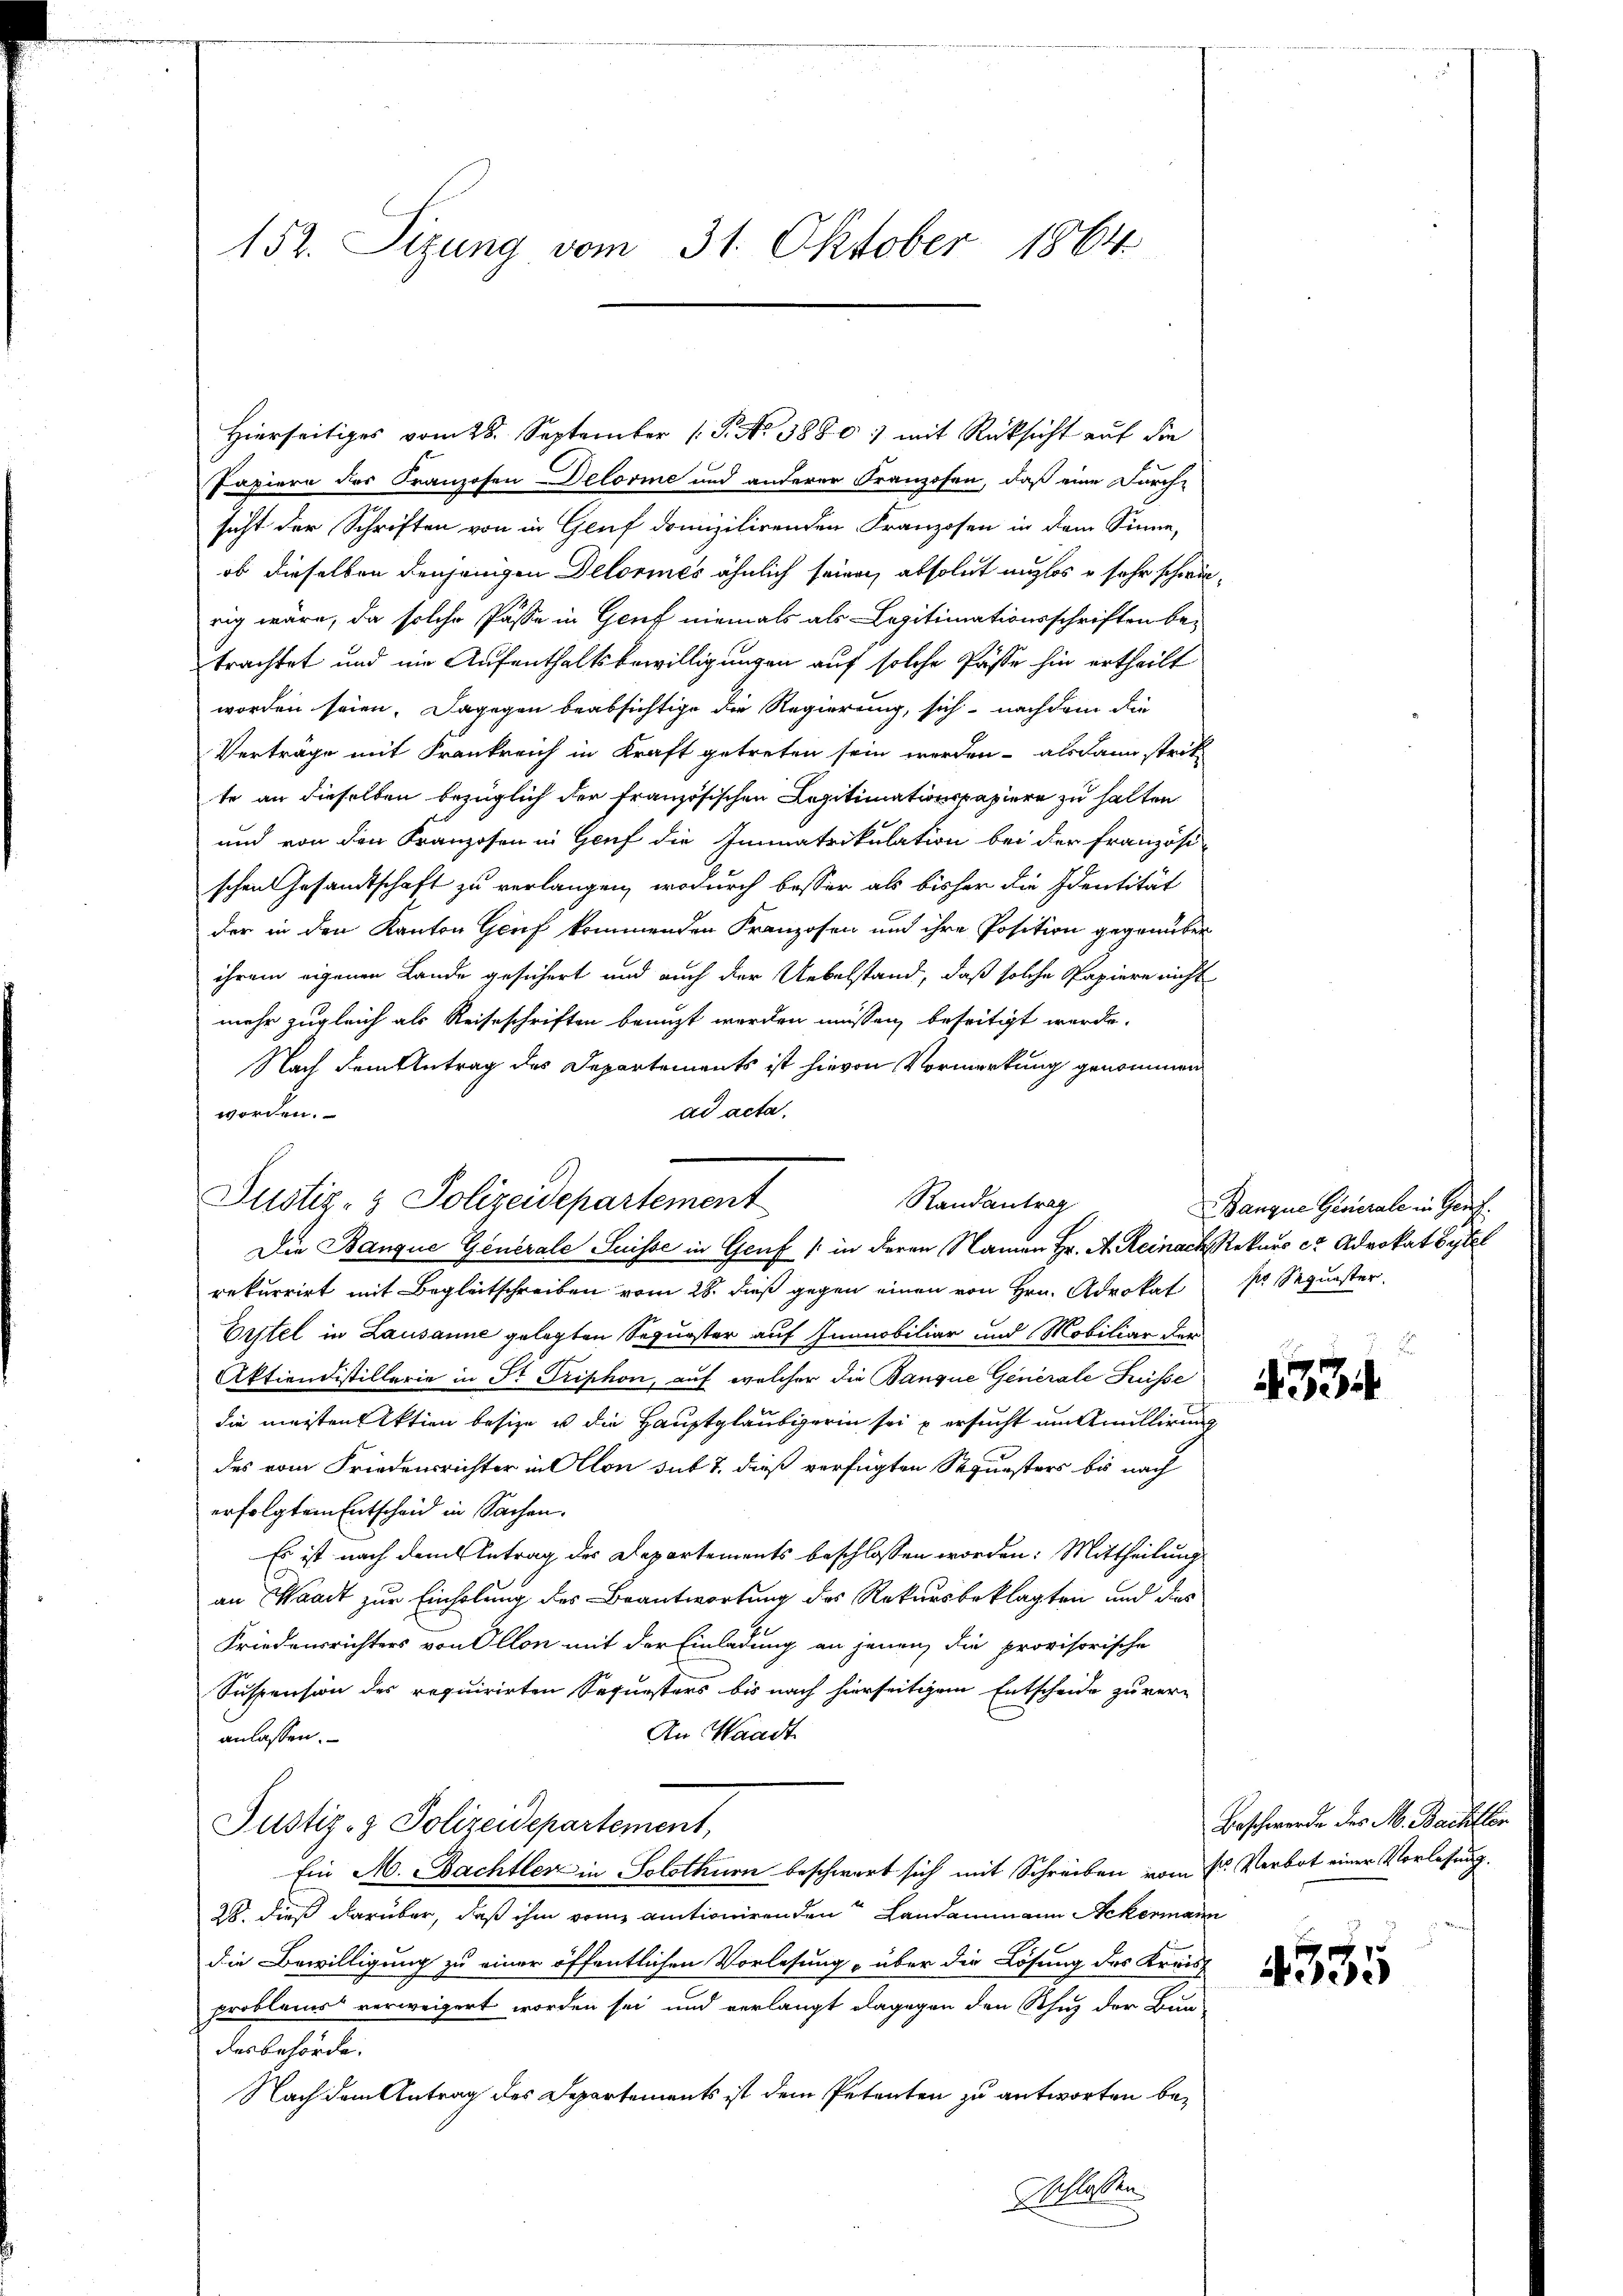
152. Sizung vom 31. Oktober 1864

Hierseitiges vom 28. September (T. No 3880) mit Rücksicht auf die
Papiere des Franzosen Delorie und anderer Franzosen, daß eine Durch-
sicht der Schriften von in Genf domizilirenden Franzosen in dem Sinne,
ob dieselben denjenigen Dekories ähnlich seinen absolut unglos u sehr schwierig wäre, da solche Pässe in Genf niemals als Legitimationsschriften betrachtet und nie Aufenthaltsbewilligungen auf solche Pässe hin ertheilt
worden seien. Dagegen beabsichtige die Regierung, sich nachdem die
Verträge mit Frankreich in Kraft getreten sein werden - alsdann strik
te an dieselben bezüglich der französischen Capitimationspapiere zu halten
und von den Franzosen in Genf die Immatrikulation bei der Französi-
schen Gesandtschaft zu verlangen, wodurch besser als bisher die Identität
der in den Kanton Genf kommenden Franzosen und ihre Position gegenüber
ihrem eigenen Lande gesichert und auch der Uebelstand, daß solche Papiere nicht
mehr zugleich als Reiseschriften benuzt werden müssen, beseitigt werde.
Nach dem Antrag des Departements ist hievon Vormerkung genommen
ad acta,
worden.
rekurrirt mit Begleitschreiben vom 28. dieß gegen einen von Hrn. Advokat
Erstel in Lausanne gelegten Sequester auf Immobiliar und Mobiliar der
Aktiendistillerie in Dr Triphon, auf welcher die Banque Generale Küsse
die meisten Aktien besize u die Hauptgläubigerin sei u ersucht um Anullirung
des vom Friedensrichter in Allon sit 7. dieß verfügten Sequesters bis nach
erfolgtem Entscheid in Sachen.
Es ist nach dem Antrag des Departements beschlossen worden: Mittheilung
an Waadt zur Einholung des Beantwortung des Rekursbeklagten und dies
Friedensrichters von Ollon mit der Einladung an jenen die provisorische
Suspension des requirirten Sequesters bis nach hierseitigem Entscheide zu ver-
An Waadt
anlassen.
Justiz- & Polizeidepartement,
Ein M. Pachtler in Solothurn beschwart sich mit Schreiben vom 2. Verbot einer Vorlesung.
28. dieß darüber, daß ihm vom antionirenden Landammann Ackermann
die Bewilligung zu einer öffentlichen Vorlesung, über die Lösung des Kreis-
problems verweigert worden sei und verlangt dagegen den Scheuz der Bun-
desbehörde.
Nach dem Antrag des Departements ist dem Petenten zu antworten besschlassen

Justiz- & Polizeidepartement
Randantrag
Die Banque Generale Suisse in Genf (: in deren Namen Hr. A. Reinach Rekurs ce Advokat Bytel

Banque Gevierale in Gent.
sr Sequester.

3

Beschwerde des M. Bachillen

4335